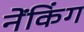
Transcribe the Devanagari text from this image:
नेंकिंग